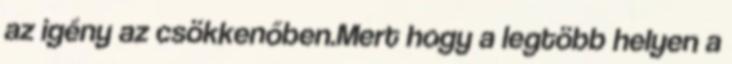
az igény az csökkenőben.Mert hogy a legtöbb helyen a